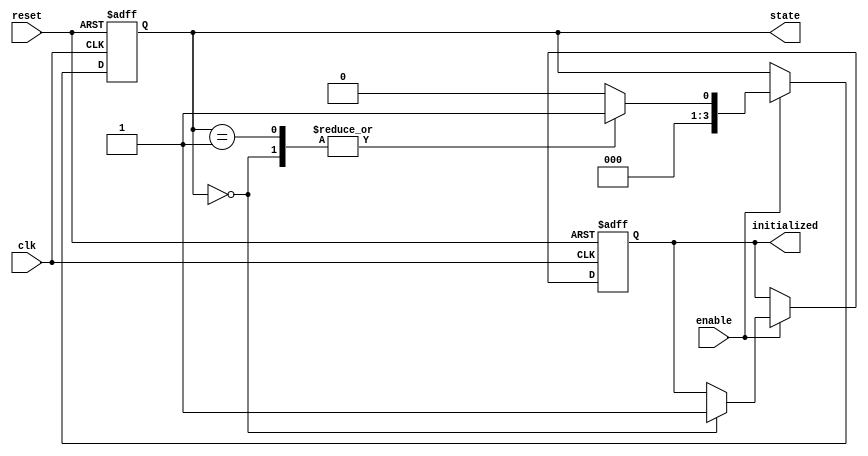
module ClockCycleInitialization (
    input wire clk,           // Clock signal
    input wire reset,         // Reset signal (active high)
    input wire enable,        // Enable signal
    output reg initialized,    // Initialization completed signal
    output reg [3:0] state    // Current state (4-bit for example)
);

// Define states
localparam STATE_INIT = 4'b0000; // Initial state
localparam STATE_READY = 4'b0001; // Ready state
localparam STATE_OTHER = 4'b0010; // Other states can be defined as needed

// State transition logic
always @(posedge clk or posedge reset) begin
    if (reset) begin
        // Reset all states and outputs
        state <= STATE_INIT;
        initialized <= 1'b0; // Not initialized
    end else if (enable) begin
        // State transition logic
        case (state)
            STATE_INIT: begin
                // Perform initialization
                initialized <= 1'b1; // Indicate initialization is complete
                state <= STATE_READY; // Move to ready state
            end
            
            STATE_READY: begin
                // Logic for ready state
                // Transition to other states as needed
                // For this example, we will stay in STATE_READY
                state <= STATE_READY; // Hold in ready state
            end
            
            // Additional states can be added here
            default: begin
                state <= STATE_INIT; // Default to initial state
            end
        endcase
    end else begin
        // If enable is low, hold the current state
        // No state change occurs
        initialized <= initialized; // Hold initialized state
    end
end

endmodule